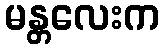
မန္တလေးက